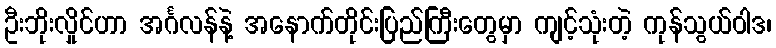
ဦးဘိုးလှိုင်ဟာ အင်္ဂလန်နဲ့ အနောက်တိုင်းပြည်ကြီးတွေမှာ ကျင့်သုံးတဲ့ ကုန်သွယ်ဝါဒ၊